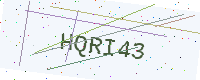
Text: HQRI43